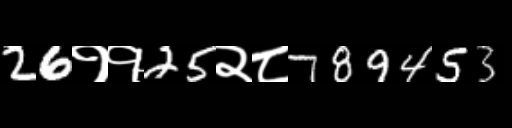
Text: 26११25२८789453